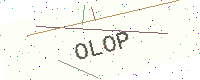
Text: OLOP